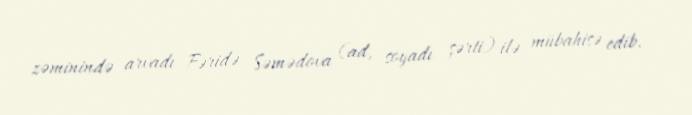
zəminində arvadı Fəridə Səmədova (ad, soyadı şərti) ilə mübahisə edib.